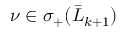
\nu \in \sigma _ { + } ( \bar { L } _ { k + 1 } )